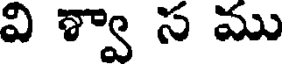
వి శ్వా స ము